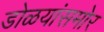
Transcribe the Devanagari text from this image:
डोळयांसमोर